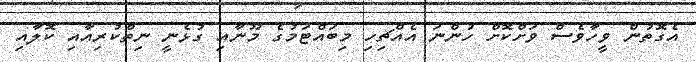
އެގޮތުން ވީހާވެސް ވަށްކޮށް ހުންނަ އެއްޗިހި މިބައްޓަމުގެ މޫނާއި ގުޅެނީ ނިތްކުރިއާއި ކޮލާއި